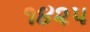
૧૪૨૫